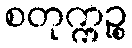
စတုက္ကဉ္စ